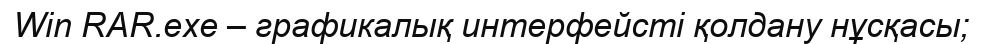
Win RAR.exe – графикалық интерфейсті қолдану нұсқасы;